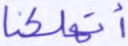
أتهلكنا